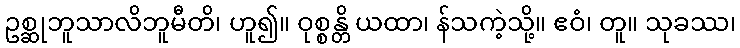
ဥစ္ဆုဘူသာလိဘူမီတိ၊ ဟူ၍။ ဝုစ္စန္တိ ယထာ၊ န်သကဲ့သို့။ ဧဝံ၊ တူ။ သုခဿ၊